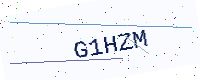
Text: G1HZM